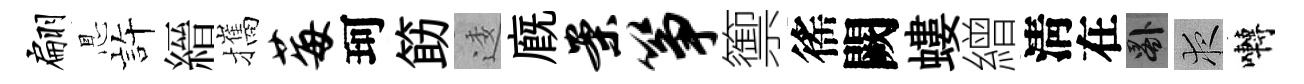
翩㤙静縉攜莓珂筯逶廐案筝籞徭闕螻繒淸在晷夜囀